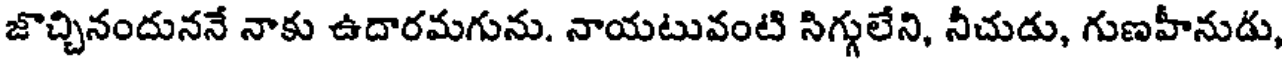
జొచ్చినందుననే నాకు ఉదారమగును. నాయటువంటి సిగ్గులేని, నీచుడు, గుణహీనుడు,